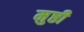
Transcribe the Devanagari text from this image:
मुष्ठी